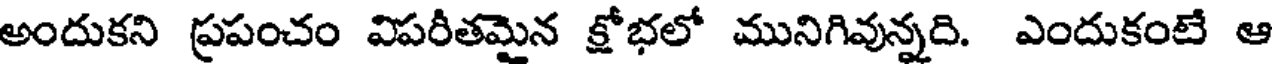
అందుకని ప్రపంచం విపరీతమైన క్షోభలో మునిగివున్నది. ఎందుకంటే ఆ